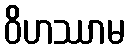
ဝိဟဿာမ